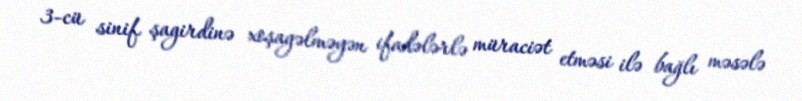
3-cü sinif şagirdinə xoşagəlməyən ifadələrlə müraciət etməsi ilə bağlı məsələ